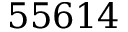
5 5 6 1 4